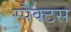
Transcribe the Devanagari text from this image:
स्पैक्टस